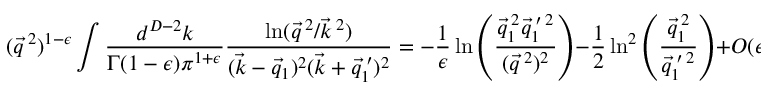
( \vec { q } ^ { \: 2 } ) ^ { 1 - \epsilon } \int \frac { d ^ { D - 2 } k } { \Gamma ( 1 - \epsilon ) \pi ^ { 1 + \epsilon } } \frac { \ln ( \vec { q } ^ { \: 2 } / \vec { k } ^ { \: 2 } ) } { ( \vec { k } - \vec { q } _ { 1 } ) ^ { 2 } ( \vec { k } + \vec { q } _ { 1 } ^ { \: \prime } ) ^ { 2 } } = - \frac { 1 } { \epsilon } \ln \left( \frac { \vec { q } _ { 1 } ^ { \: 2 } \vec { q } _ { 1 } ^ { \: \prime \: 2 } } { ( \vec { q } ^ { \: 2 } ) ^ { 2 } } \right) - \frac { 1 } { 2 } \ln ^ { 2 } \left( \frac { \vec { q } _ { 1 } ^ { \: 2 } } { \vec { q } _ { 1 } ^ { \: \prime \: 2 } } \right) + O ( \epsilon ) \; ,